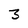
Character: 3